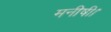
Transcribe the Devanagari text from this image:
मनीषी।